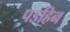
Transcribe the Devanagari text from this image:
पडहिन